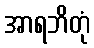
အာရဘိတုံ